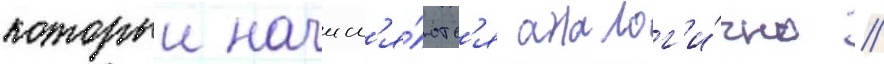
которыи начисл'я́ютс'я аналог'и́чно //